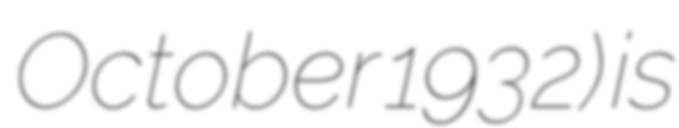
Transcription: October 1932) is